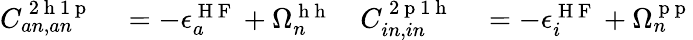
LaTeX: \begin{array}{rlrl}{C_{an,an}^{\mathrm{~2~h~1~p~}}}&{{}=-\epsilon_{a}^{\mathrm{~H~F~}}+\Omega_{n}^{\mathrm{~h~h~}}}&{C_{in,in}^{\mathrm{~2~p~1~h~}}}&{{}=-\epsilon_{i}^{\mathrm{~H~F~}}+\Omega_{n}^{\mathrm{~p~p~}}}\end{array}